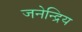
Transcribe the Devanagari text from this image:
जनेन्द्रिय